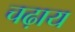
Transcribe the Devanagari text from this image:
चढ़ाय